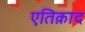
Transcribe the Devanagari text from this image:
एतिक़ाद